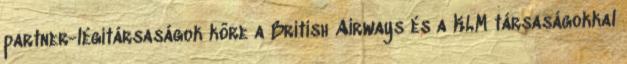
partner-légitársaságok köre a British Airways és a KLM társaságokkal